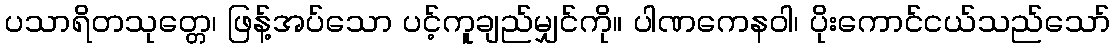
ပသာရိတသုတ္တေ၊ ဖြန့်အပ်သော ပင့်ကူချည်မျှင်ကို။ ပါဏကေနဝါ၊ ပိုးကောင်ငယ်သည်သော်